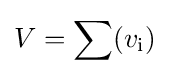
V=\sum (v_{\text{i}})